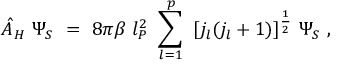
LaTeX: { \hat { A } } _ { H } ~ \Psi _ { S } ~ = ~ 8 \pi \beta ~ l _ { P } ^ { 2 } ~ \sum _ { l = 1 } ^ { p } ~ [ j _ { l } ( j _ { l } + 1 ) ] ^ { \frac 1 2 } ~ \Psi _ { S } ~ ,